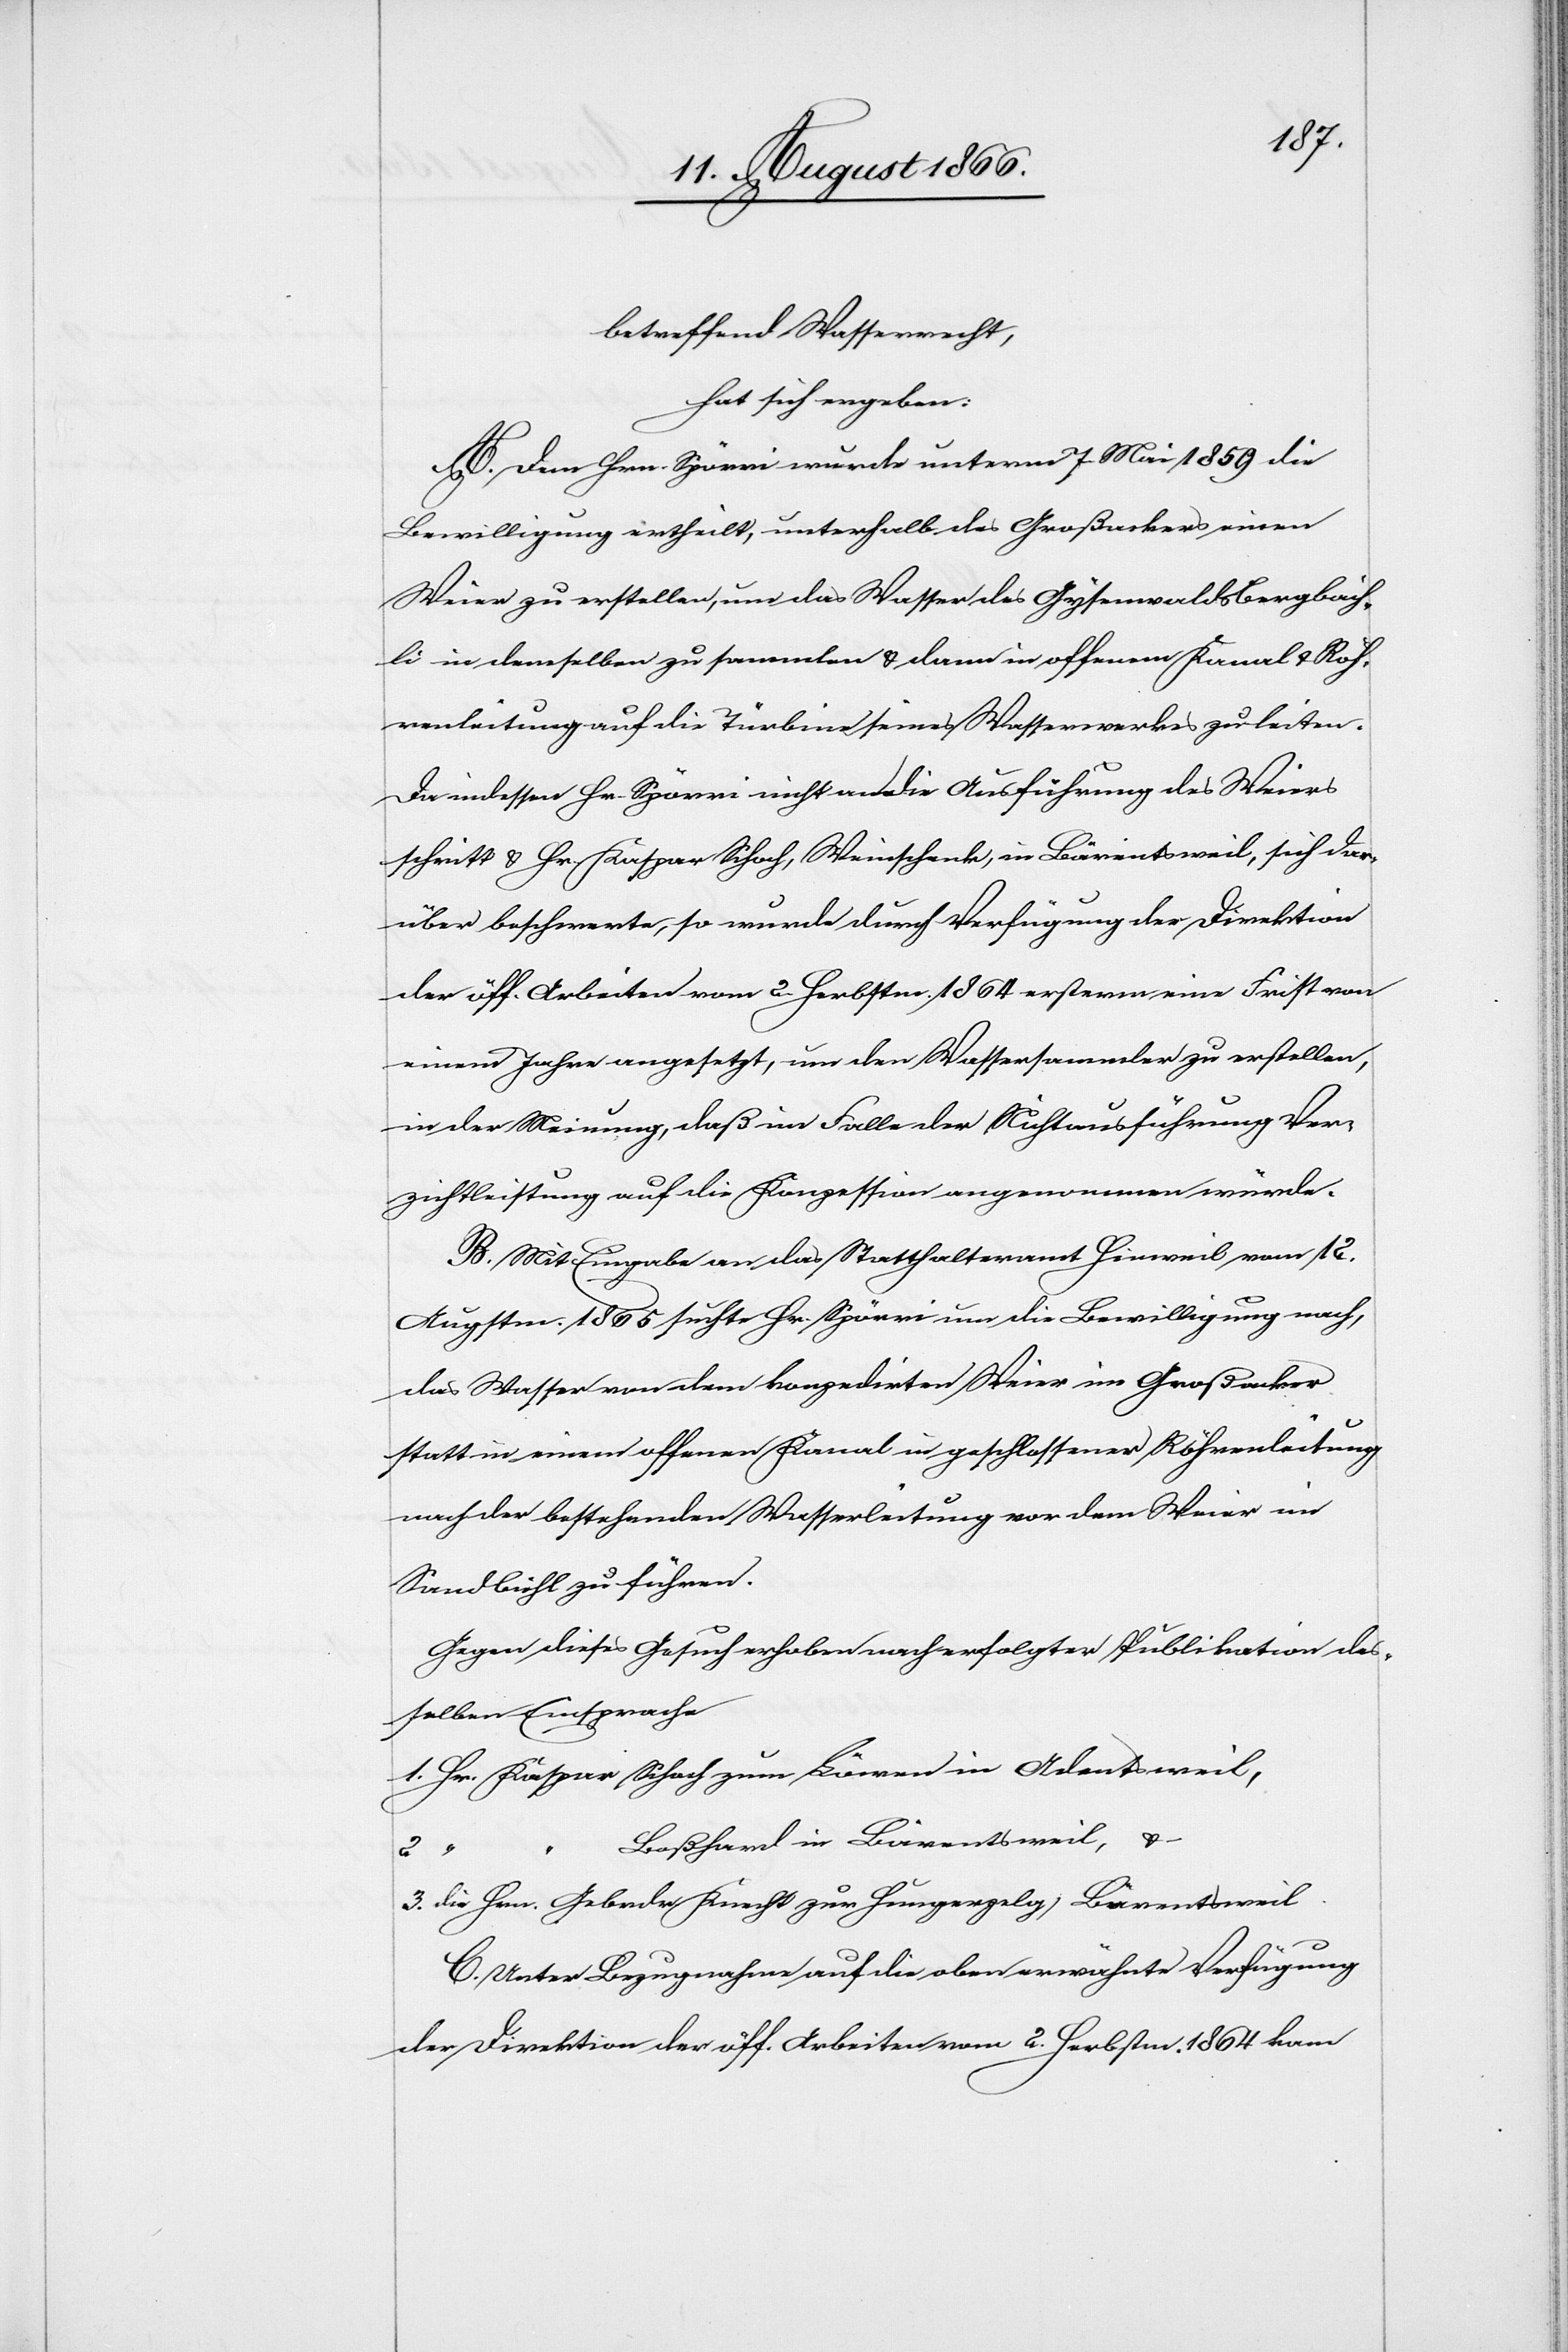
betreffend Wasserrecht,
hat sich ergeben:
A. Dem Hrn. Spörri wurde unterm 7. Mai 1859 die
Bewilligung ertheilt, unterhalb des Großackers einen
Weier zu erstellen, um das Wasser des Gysenwaldbergbach¬
li in demselben zu sammlen u. dann in offenem Kanal u. Röh¬
renleitungen auf die Türbine seines Wasserwerkes zu leiten.
Da indessen Hr. Spörri nicht an die Ausführung des Weiers
schritt u. Hr. Kaspar Schoch, Weinschenk, in Bärentsweil, sich dar¬
über beschwerte, so wurde durch Verfügung der Direktion
der öff. Arbeiten vom 2. Herbstm. 1864 ersterm eine Frist von
einem Jahre angesetzt, um den Wassersammler zu erstellen,
in der Meinung, daß im Falle der Nichtausführung Ver¬
zichtleistung auf die Konzession angenommen würde.
B. Mit Eingabe an das Statthalteramt Hinweil vom 12.
Augstm. 1865 suchte Hr. Spörri um die Bewilligung nach,
das Wasser von dem konzedirten Weier im Großacker
statt in einem offenen Kanal in geschlossener Röhrenleitung
nach der bestehenden Wasserleitung vor dem Weier im
Sandbühl zu führen.
Gegen dieses Gesuch erhoben nach erfolgter Publikation des¬
selben Einsprache
Boßhard in Bärentsweil, u.
3.
Hrn.
C. Unter Bezugnahme auf die oben erwähnte Verfügung
der Direktion der öff. Arbeiten vom 2. Herbstm. 1864 kam